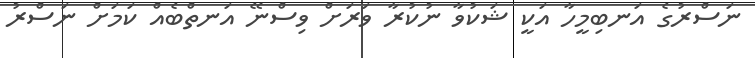
ނަސްރުގެ އަނބިމީހާ އަކީ ޝަކުވާ ނުކުރާ ވަރަށް ވިސްނޭ އަނތްބެއް ކަމަށް ނަސްރު